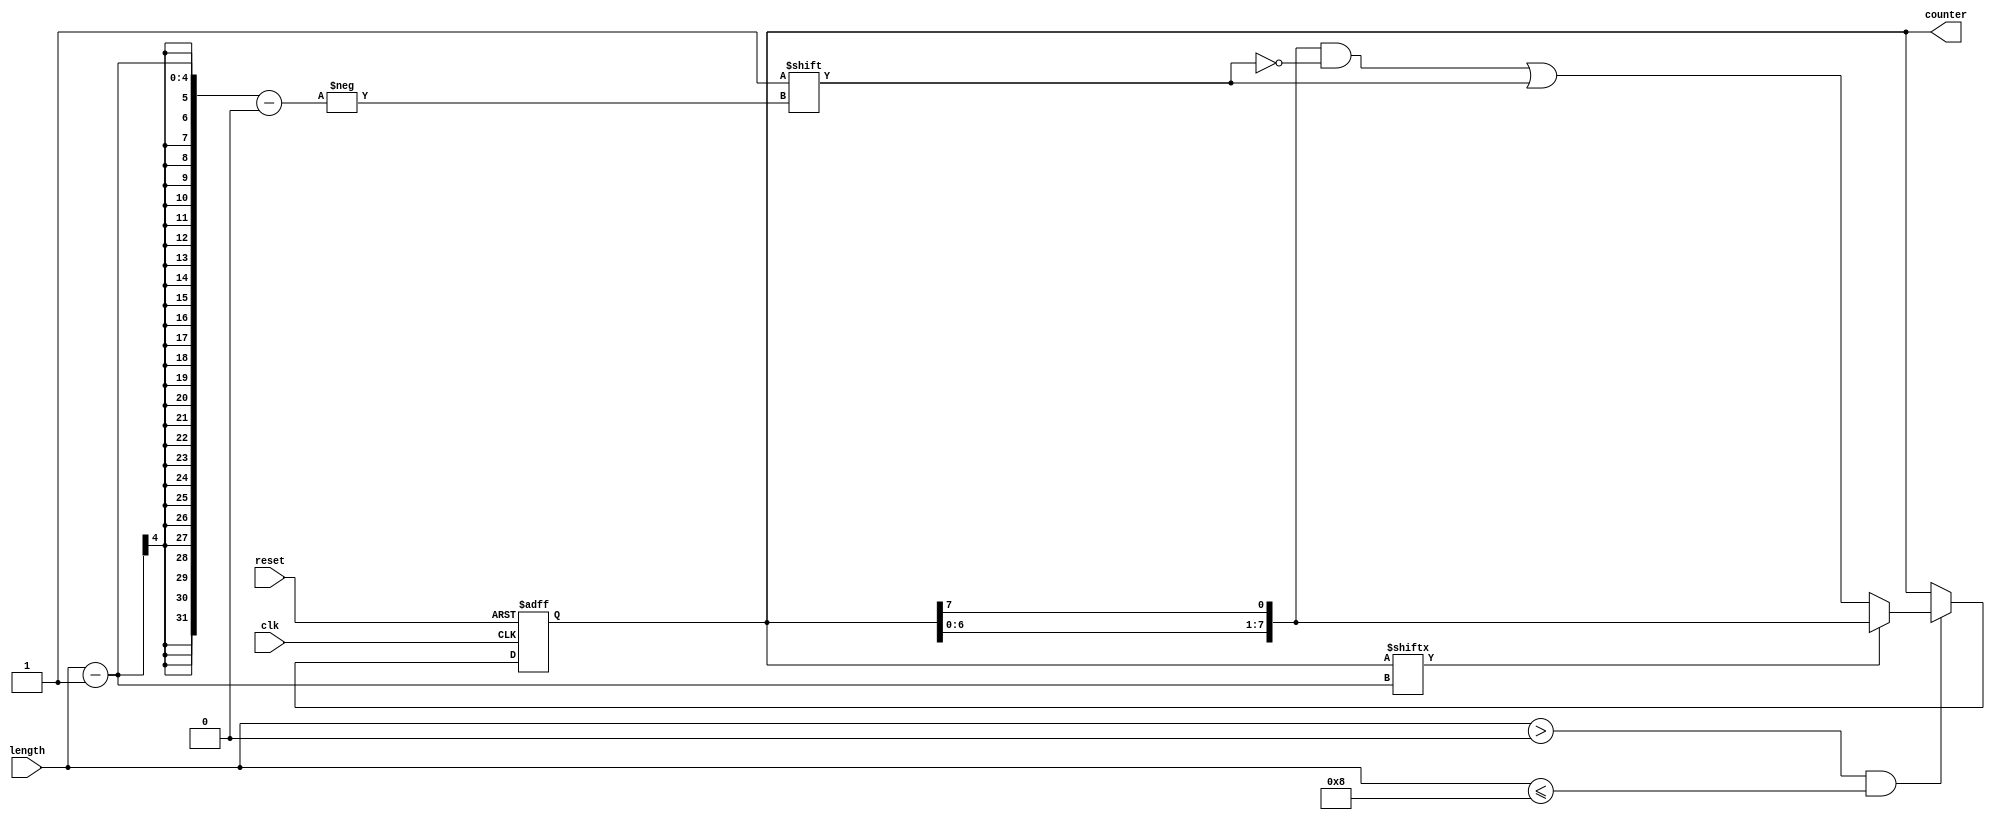
module variable_length_ring_counter #(
    parameter MAX_LENGTH = 8  // Maximum length of the counter (in bits)
)(
    input wire clk,            // Clock signal
    input wire reset,          // Asynchronous reset signal
    input wire [3:0] length,   // Length of the counter (max 4 bits for up to 15 states)
    output reg [MAX_LENGTH-1:0] counter // Counter output (max 8 bits)
);
    
    initial begin
        counter = 0; // Initialize counter to zero
    end

    // Asynchronous reset and clocked operation
    always @(posedge clk or posedge reset) begin
        if (reset) begin
            // Reset counter: clear all bits and set the first bit
            counter <= 1; // Only the first bit set to '1'
        end else begin
            // Ensure counter does not exceed the specified length
            if (length > 0 && length <= MAX_LENGTH) begin
                // Shift the '1' to the next position
                counter <= {counter[MAX_LENGTH-2:0], counter[MAX_LENGTH-1]};
                // Ensure that only one '1' is set based on length
                if (counter[length-1] == 1'b0) begin
                    counter[length-1] <= 1'b1; // Set the new position of '1'
                end
            end
        end
    end

endmodule